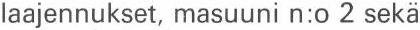
laajennukset, masuuni n:o 2 sekä